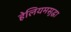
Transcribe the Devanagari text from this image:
हेलियमसुद्धा